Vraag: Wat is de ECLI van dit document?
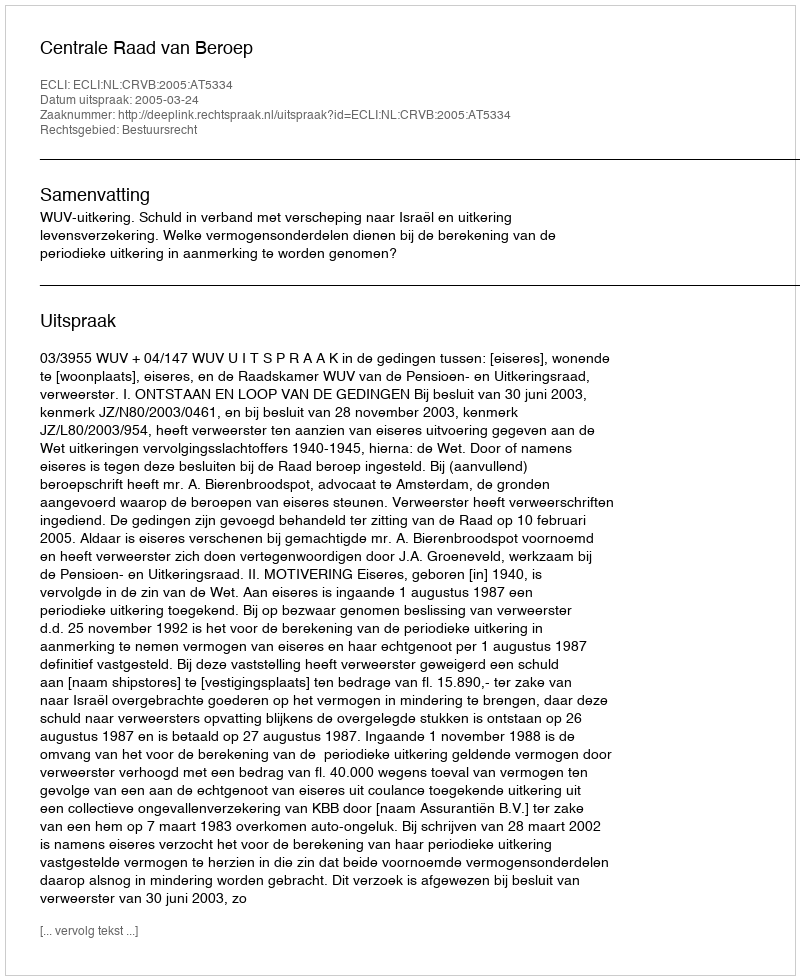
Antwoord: ECLI:NL:CRVB:2005:AT5334